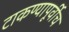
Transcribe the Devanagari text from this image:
टाकण्यापूर्वीच